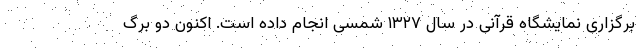
برگزاری نمایشگاه قرآنی در سال ۱۳۲۷ شمسی انجام داده است. اکنون دو برگ